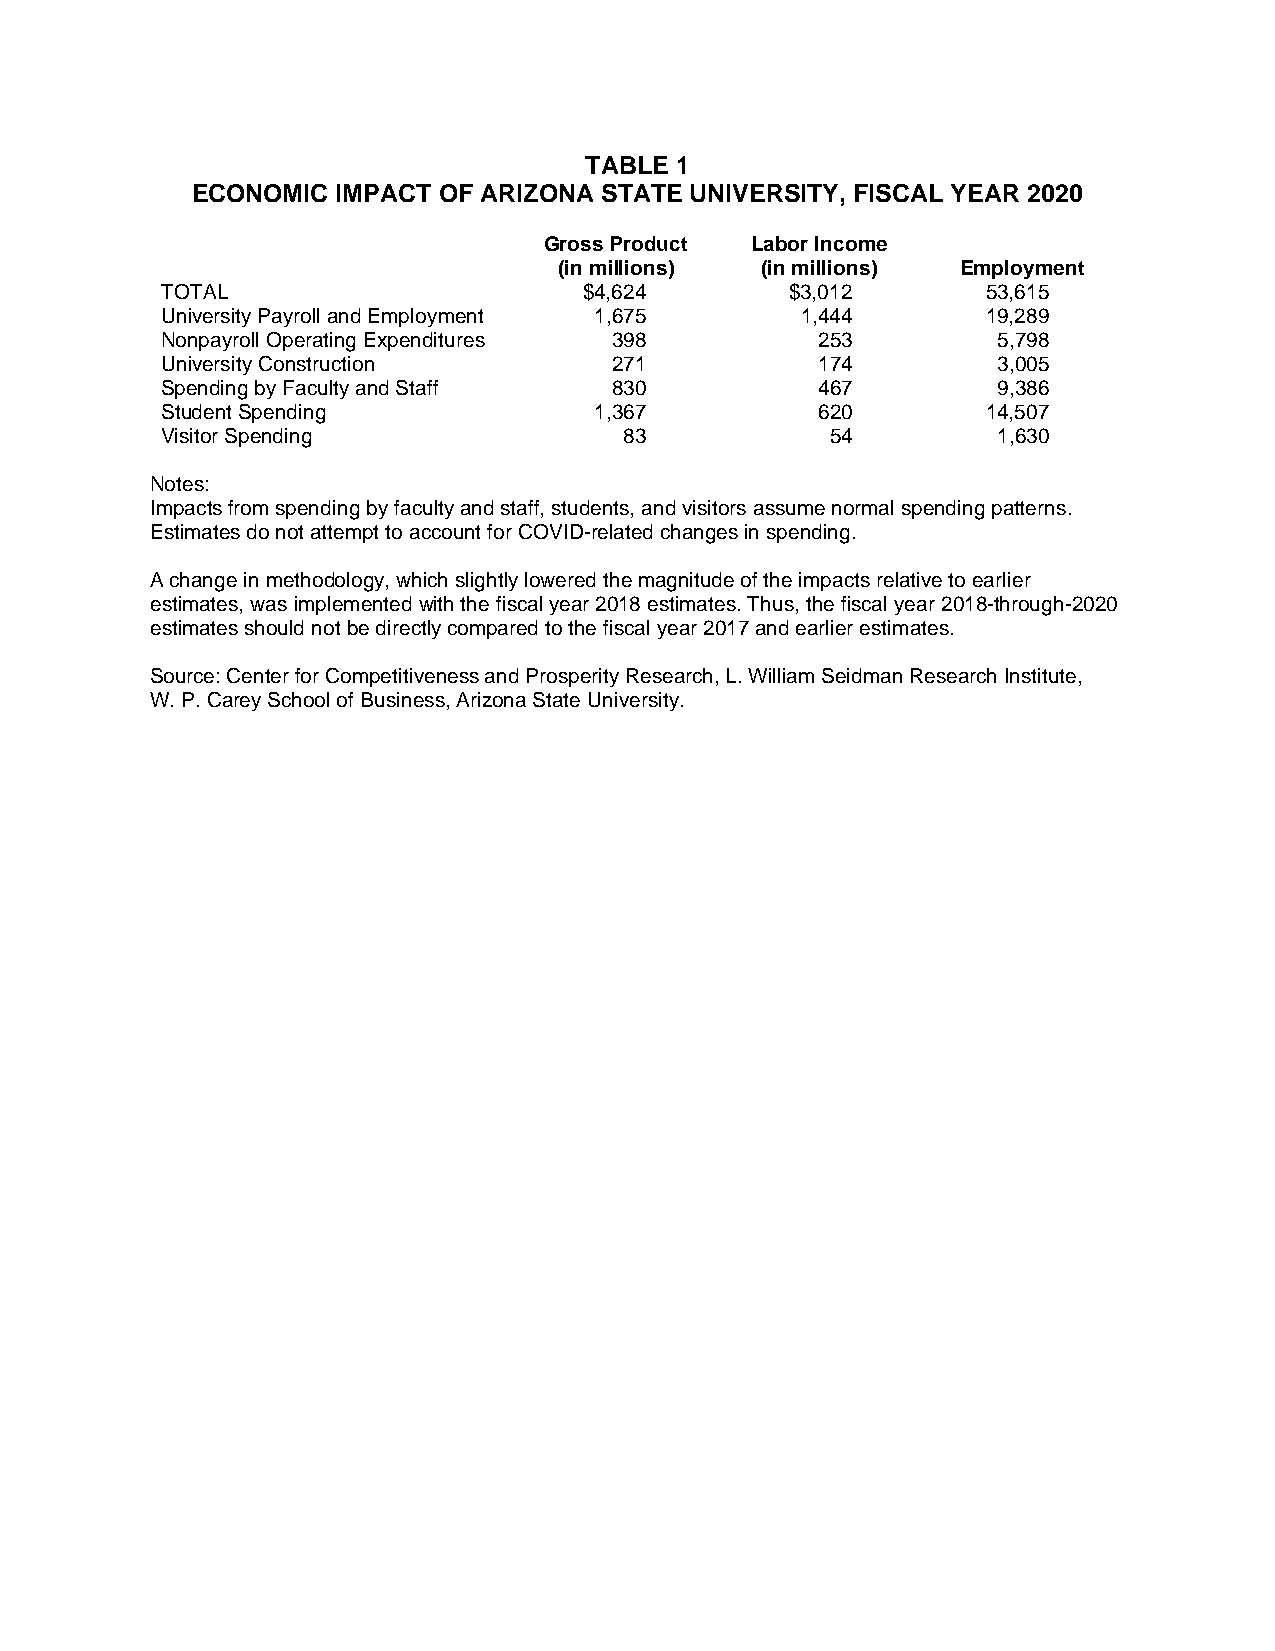
TABLE 1
 ECONOMIC IMPACT OF ARIZONA STATE UNIVERSITY, FISCAL YEAR 2020
 Gross Product Labor Income
 (in millions) (in millions) Employment
 TOTAL                       $4,624       $3,012       53,615
 University Payroll and Employment 1,675   1,444       19,289
 Nonpayroll Operating Expenditures 398      253         5,798
 University Construction       271          174         3,005
 Spending by Faculty and Staff 830          467         9,386
 Student Spending            1,367          620        14,507
 Visitor Spending              83            54         1,630
 Notes:
 Impacts from spending by faculty and staff, students, and visitors assume normal spending patterns.
 Estimates do not attempt to account for COVID-related changes in spending.
 A change in methodology, which slightly lowered the magnitude of the impacts relative to earlier
 estimates, was implemented with the fiscal year 2018 estimates. Thus, the fiscal year 2018-through-2020
 estimates should not be directly compared to the fiscal year 2017 and earlier estimates.
 Source: Center for Competitiveness and Prosperity Research, L. William Seidman Research Institute,
 W. P. Carey School of Business, Arizona State University.